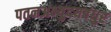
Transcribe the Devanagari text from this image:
पतनअभ्युदयबंधुर